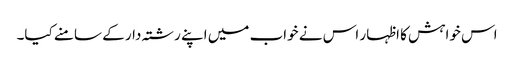
اس خواہش کا اظہار اس نے خواب میں اپنے رشتہ دار کے سامنے کیا۔